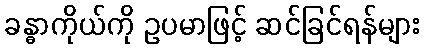
ခန္ဓာကိုယ်ကို ဥပမာဖြင့် ဆင်ခြင်ရန်များ